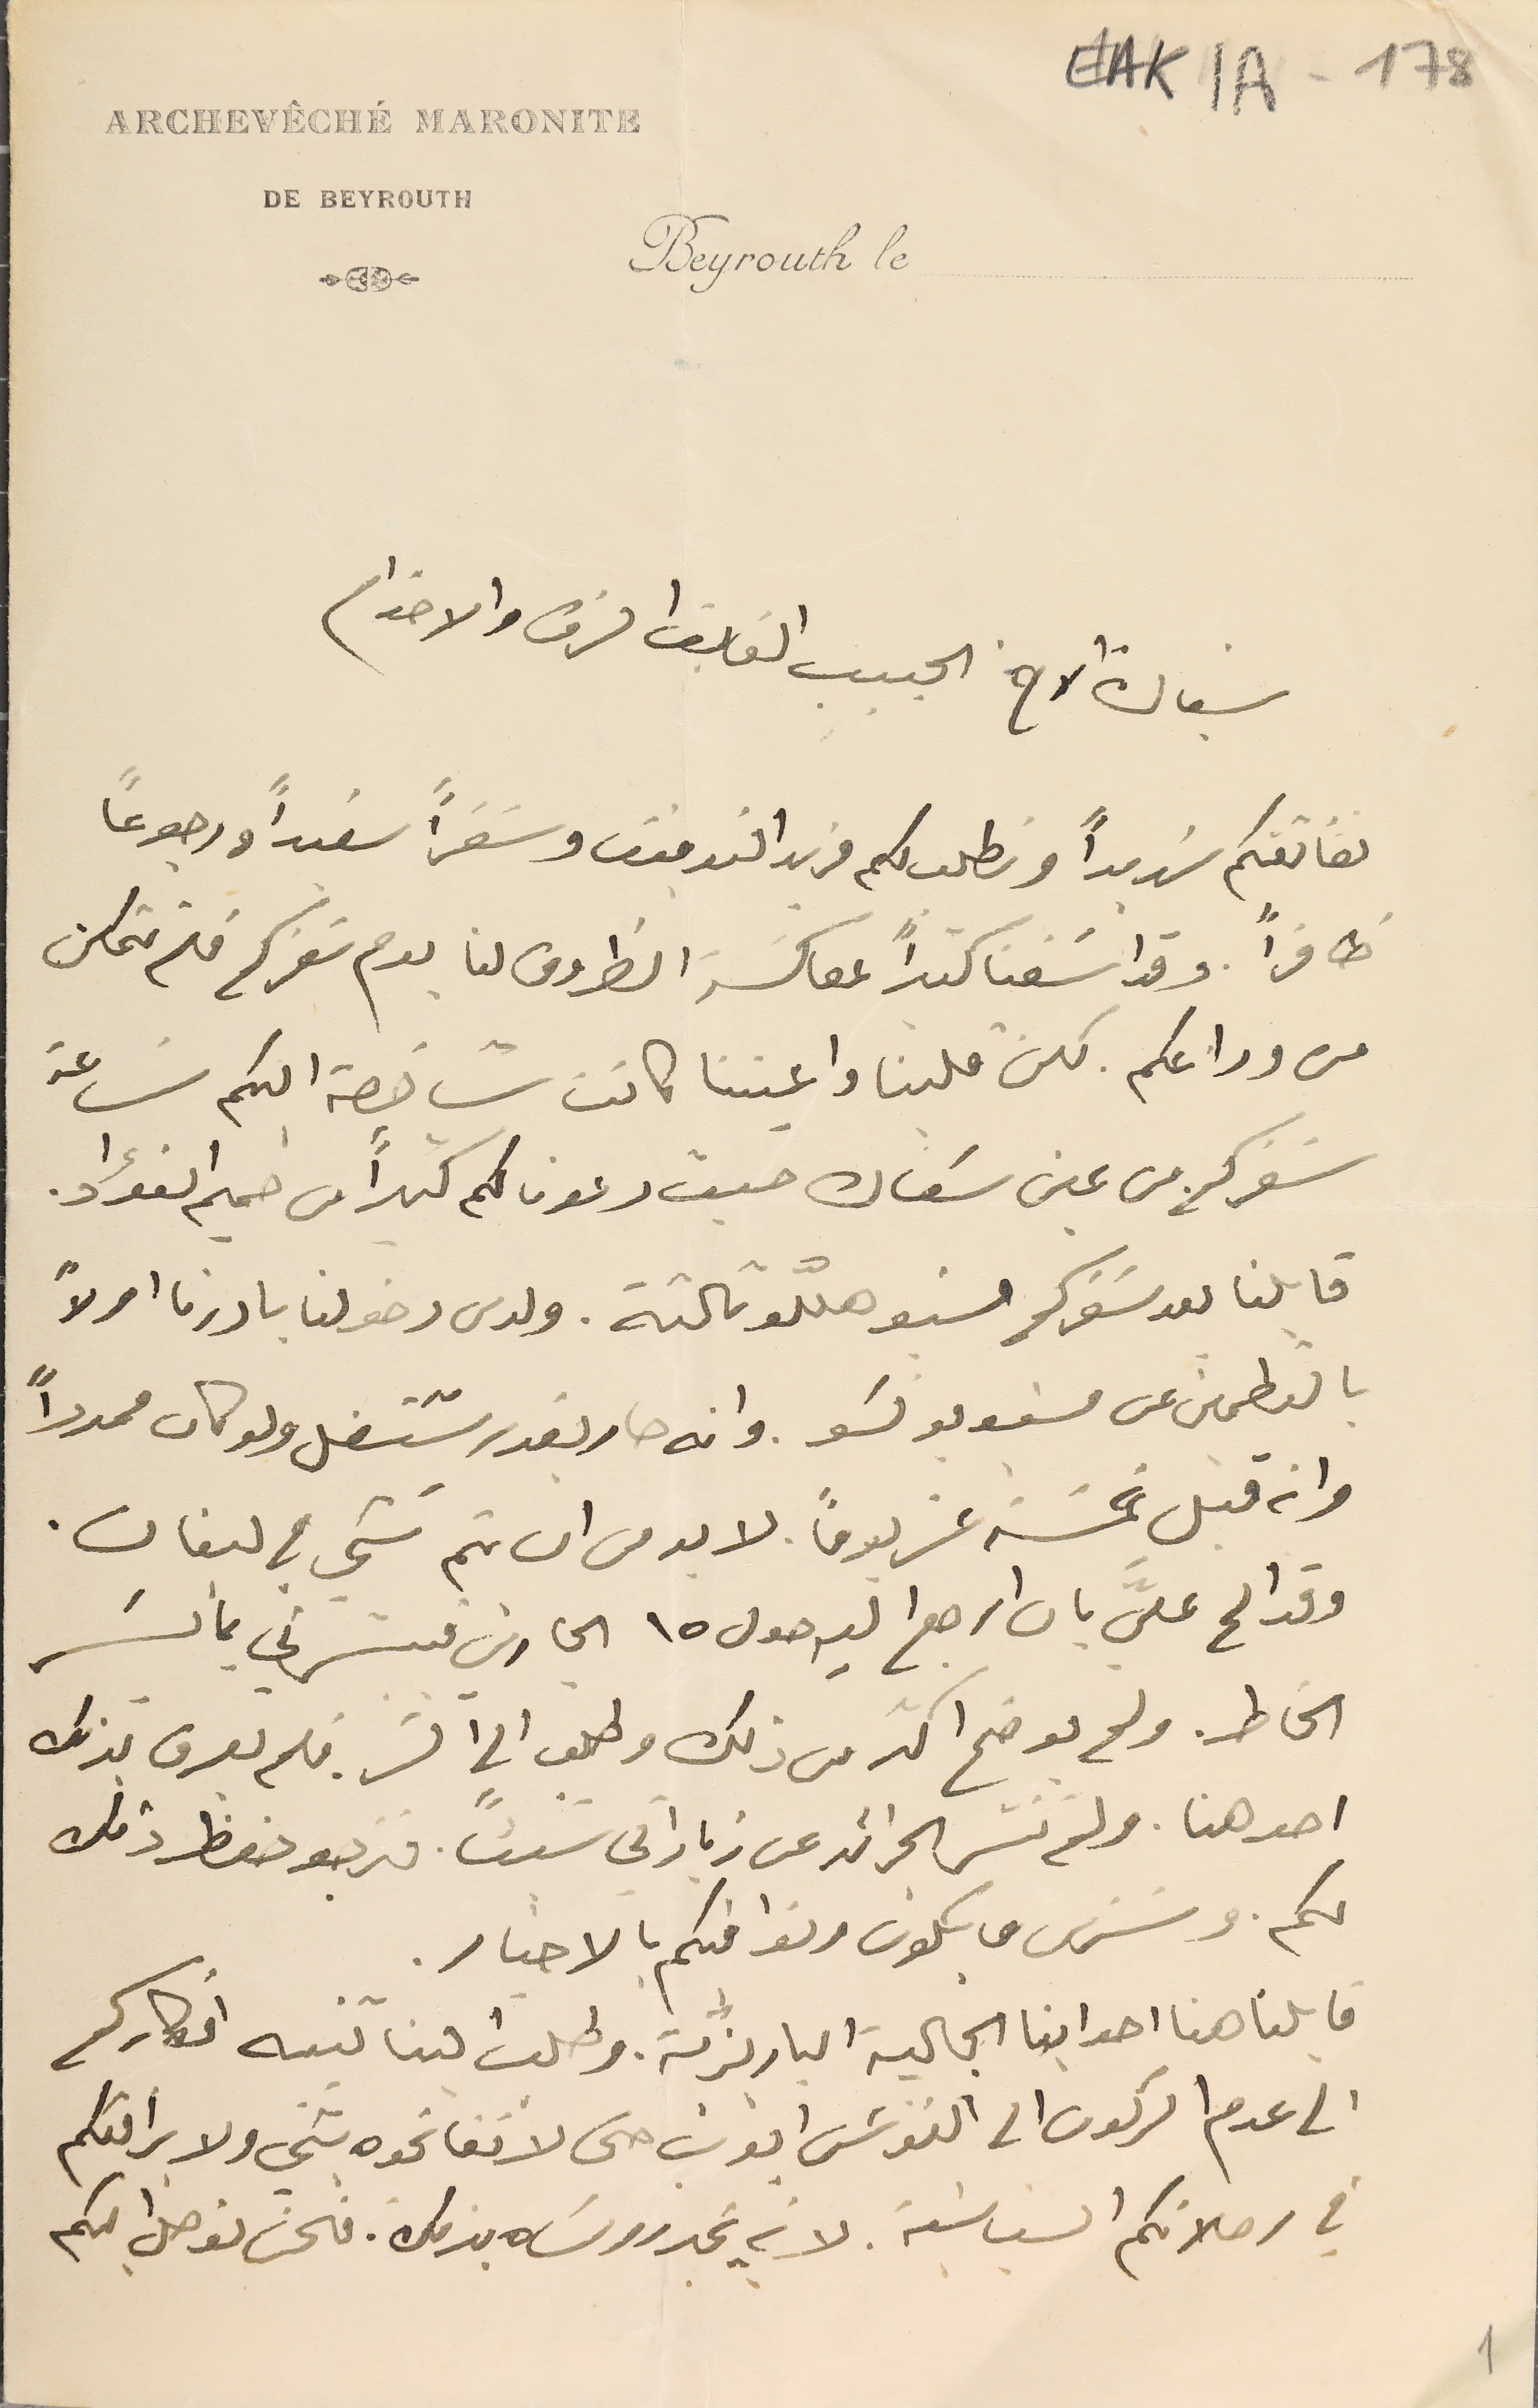
EAK1A - 178
ARCHEVÊCHÉ MARONITE
DE BEYROUT
Beyrouth le
 سيادة الاخ الحبيب الفائق الشرف والاحترام
نعانقكم شديداً ونطلب لكم مزيد التوفيق وسَفراً سعيداً ورجوعاً
ظافراً وقد أسَفنا كثىراً لمعاكسَة الظروف لنا يوم سَفركم فلم تمكن
من وداعكم لكن قلبنا واعيننا كانت شاخصة اليكم سَاعة
سَفركم من عين سَعاده حيث دعونا لكم كثيراً من صميم الفؤاد.
قابلنا بعد سَفركم مسَيو هللو ثالثة. ولدى دخولنا بادرنا اولاً
بالتطمين عن مسَيو بونسَو. وانه صار يقدر يشتغل ولو كان ممدداً
 وانه قبل خمسَة عشريوماً. لابد من ان يتم شي في لبنان.
وقد المح عليَ بان ارجع اليه حول ١٥ الجاري فبشرني بما يسَر
الخاطر ولم يوضح اكتر من ذلك وطلب الى السَر. فلم يعرف بذلك
احد هنا. ولم تنشر الجرائد عن زياراتي شيئًا. فنرجو حفظ ذلك
لكم وسَنرى ما يكون ونوافيكم بالاخبار.
قابلنا هنا احد ابنا الجالية الباريزية. وطلب الينا تنبه افكاركم
الى عدم الركون الى الفونسَ ايوب حتى لاتفاتحوه بشي ولا يرافقكم
في رحلاتكم السَياسَية. لانه يخبر روسَاه بذلك. فنحن نوصل اليكم
1